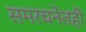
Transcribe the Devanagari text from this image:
समरचनेतही